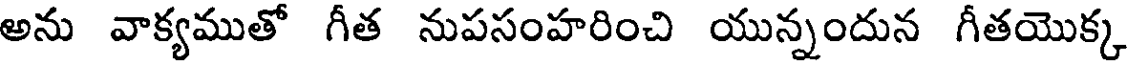
అను వాక్యముతో గీత నుపసంహరించి యున్నందున గీతయొక్క